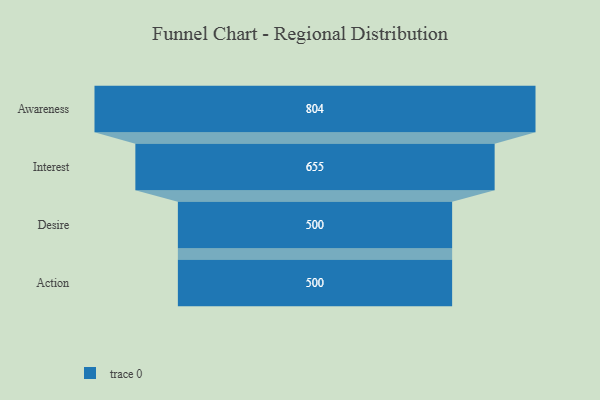
{"axis": {"x": "Stage", "y": "Value"}, "legend": [""], "data": [{"x": "Awareness", "y": 804.0, "type": ""}, {"x": "Interest", "y": 655.0, "type": ""}, {"x": "Desire", "y": 500, "type": ""}, {"x": "Action", "y": 500, "type": ""}]}